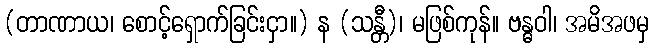
(တာဏာယ၊ စောင့်ရှောက်ခြင်းငှာ။) န (သန္တီ)၊ မဖြစ်ကုန်။ ဗန္ဓဝါ၊ အမိအဖမှ